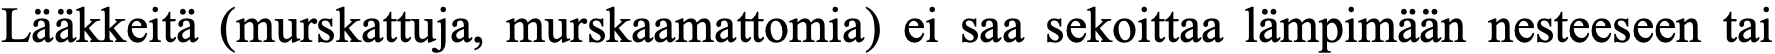
Lääkkeitä (murskattuja, murskaamattomia) ei saa sekoittaa lämpimään nesteeseen tai